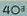
403